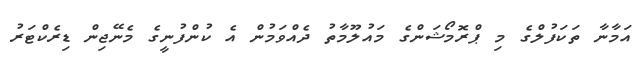
އަމާނާ ތަކަފުލްގެ މި ޕްރޮމޯޝަންގެ މައުލޫމާތު ދެއްވަމުން އެ ކުންފުނީގެ މެނޭޖިން ޑިރެކްޓަރު